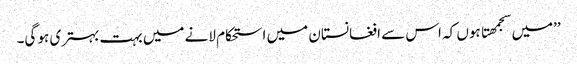
’’میں سجمھتا ہوں کہ اس سے افغانستان میں استحکام لانے میں بہت بہتری ہو گی۔